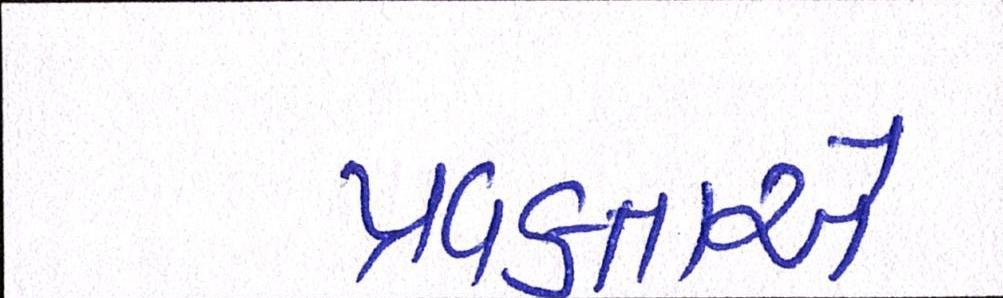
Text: પ્રવક્તાએ